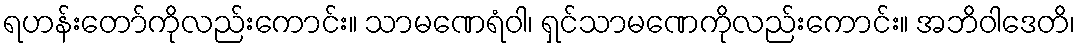
ရဟန်းတော်ကိုလည်းကောင်း။ သာမဏေရံဝါ၊ ရှင်သာမဏေကိုလည်းကောင်း။ အဘိဝါဒေတိ၊